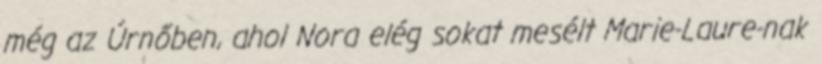
még az Úrnőben, ahol Nora elég sokat mesélt Marie-Laure-nak